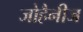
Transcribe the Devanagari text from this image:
जोहैनीज